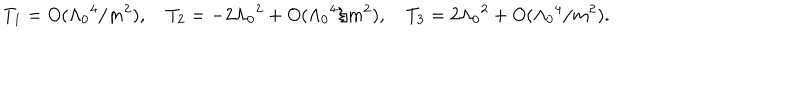
T _ { 1 } = O ( \Lambda _ { 0 } { } ^ { 4 } / m ^ { 2 } ) , \quad T _ { 2 } = - 2 \Lambda _ { 0 } { } ^ { 2 } + O ( \Lambda _ { 0 } { } ^ { 4 } / m ^ { 2 } ) , \quad T _ { 3 } = 2 \Lambda _ { 0 } { } ^ { 2 } + O ( \Lambda _ { 0 } { } ^ { 4 } / m ^ { 2 } ) .